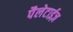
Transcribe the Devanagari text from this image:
पैलेटाईज़